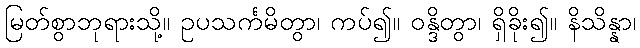
မြတ်စွာဘုရားသို့။ ဥပသင်္ကမိတွာ၊ ကပ်၍။ ဝန္ဒိတွာ၊ ရှိခိုး၍။ နိသိန္နာ၊